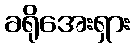
ခရိုအေးရှား